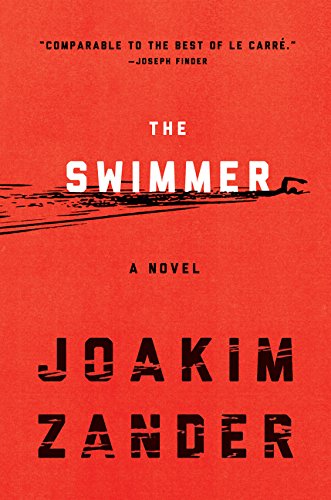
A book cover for The Swimmer: A Novel; Joakim Zander; Mystery, Thriller & Suspense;